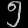
Digit: ၅